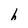
Character: h